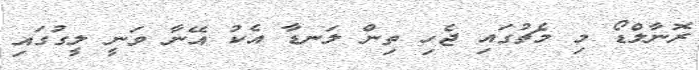
ރޮނާލްޑޯ މި މެޗުގައި ޖެހި ތިން ލަނޑާ އެކު އޭނާ ވަނީ ލީގުގައި